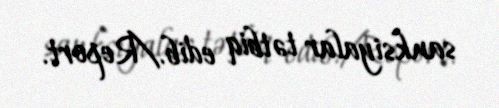
sanksiyalar tətbiq edib./Report.